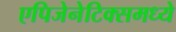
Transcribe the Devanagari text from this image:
एपिजेनेटिक्समध्ये